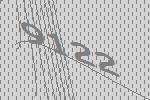
9122